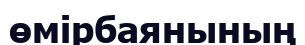
өмірбаянының